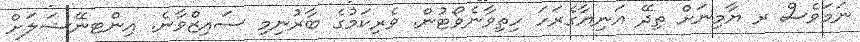
ނަމަވެސް ރ ޔާމިނަށް ތިދޭ އަނިޔާގެރަހަ ހިތިވާނެވޯޓުން. ވެރިކަމުގެ ބާރުނިމި ސައިޒްވާނެ. އިންޓނޭޝަލަށް